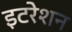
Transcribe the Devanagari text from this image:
इटरेशन